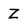
Character: Z